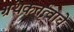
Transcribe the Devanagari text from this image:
ग्रंथकर्तृत्वाचे